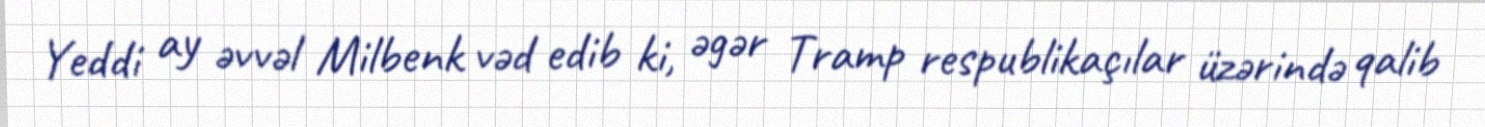
Yeddi ay əvvəl Milbenk vəd edib ki, əgər Tramp respublikaçılar üzərində qalib